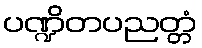
ပဏ္ဍိတပညတ္တံ